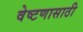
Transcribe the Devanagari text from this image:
वेष्टणासाठी